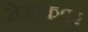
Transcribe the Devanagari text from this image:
सेजाकपुर